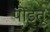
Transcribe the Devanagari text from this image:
पोइतू